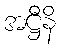
အဋ္ဌီနိ